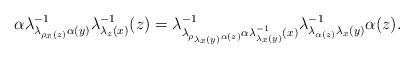
LaTeX: \begin{align*}\alpha\lambda_{\lambda_{\rho_{x}(z)}\alpha(y)}^{-1}\lambda_{\lambda_{z}(x)}^{-1}(z)=\lambda_{\lambda_{\rho_{\lambda_{x}(y)}\alpha(z)}\alpha\lambda_{\lambda_{x}(y)}^{-1}(x)}^{-1}\lambda_{\lambda_{\alpha(z)}\lambda_{x}(y)}^{-1}\alpha(z).\end{align*}